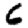
Digit: 6